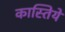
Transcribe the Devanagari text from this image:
कास्तिये